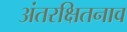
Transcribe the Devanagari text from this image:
अंतरक्षितनाव